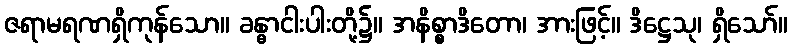
ဇရာမရဏရှိကုန်သော။ ခန္ဓာငါးပါးတို့၌။ အနိစ္စာဒိတော၊ အားဖြင့်။ ဒိဋ္ဌေသု၊ ရှိသော်။